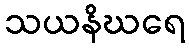
သယနိဃရေ